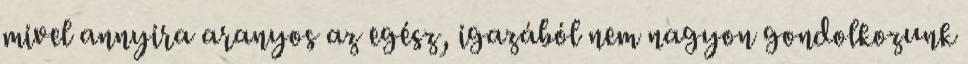
mivel annyira aranyos az egész, igazából nem nagyon gondolkozunk